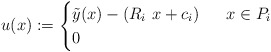
\begin{align*} u(x) := \begin{cases} \tilde{y}(x) - (R_i\,\,x +c_i) & \ \ x \in P_i \\ 0 & \ \ \end{cases}\end{align*}